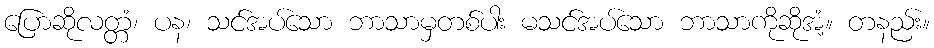
ပြောဆိုလတ္တံ၊ ပန၊ သင်အပ်သော ဘာသာမှတစ်ပါး မသင်အပ်သော ဘာသာကိုဆိုအံ့။ တနည်း။